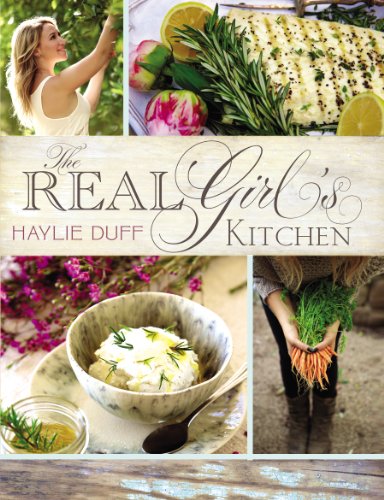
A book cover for The Real Girl's Kitchen; Haylie Duff; Teen & Young Adult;